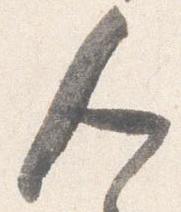
人